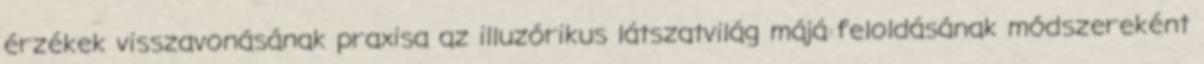
érzékek visszavonásának praxisa az illuzórikus látszatvilág májá feloldásának módszereként